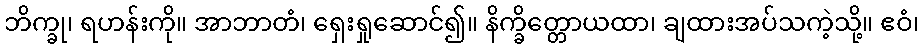
ဘိက္ခု၊ ရဟန်းကို။ အာဘာတံ၊ ရှေးရှုဆောင်၍။ နိက္ခိတ္တောယထာ၊ ချထားအပ်သကဲ့သို့။ ဧဝံ၊